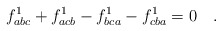
\begin{align*}f^1_{abc} + f^1_{acb} - f^1_{bca} - f^1_{cba} =0 \quad .\end{align*}